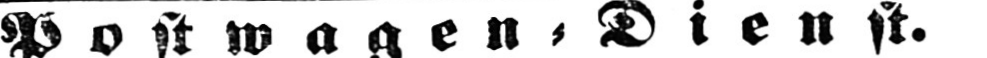
Postwagen⸗Dienst.